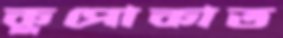
কুপোকাত